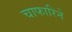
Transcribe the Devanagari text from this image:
चाफारिने